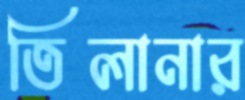
তিলানার